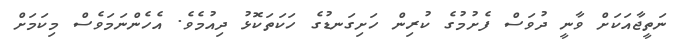
ނަތީޖާއަކަށް ވާނީ ދުވަސް ފެށުމުގެ ކުރިން ހަށިގަނޑުގެ ހަކަތަކޮޅު ދިއުމެވެ. އެހެންނަމަވެސް މިކަމަށް